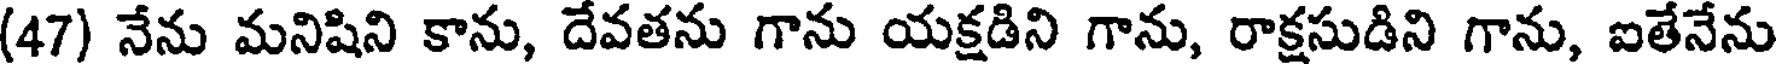
(47) నేను మనిషిని కాను, దేవతను గాను యక్షడిని గాను, రాక్షసుడిని గాను, ఐతేనేను